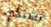
تشتكي